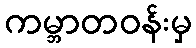
ကမ္ဘာတဝန်းမှ